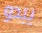
يبدو